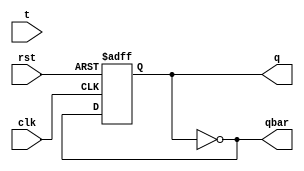
module t_ff (t,clk,rst,q,qbar);

input t,clk,rst;
output reg q;
output qbar;

assign qbar=~q;

    always@(posedge clk or posedge rst)
        begin
           if (rst)
               q<=0;

           else
               q<=~q;
        end
endmodule